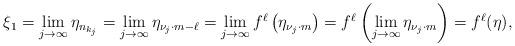
LaTeX: \begin{align*}\xi_1=\lim_{j\to\infty}\eta_{n_{k_j}}=\lim_{j\to\infty}\eta_{\nu_j\cdot m-\ell}=\lim_{j\to\infty}f^{\ell}\left(\eta_{\nu_j\cdot m}\right)=f^{\ell}\left(\lim_{j\to\infty}\eta_{\nu_j\cdot m}\right)=f^\ell(\eta), \end{align*}